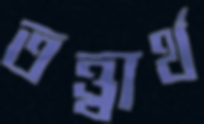
তত্ত্বার্থ